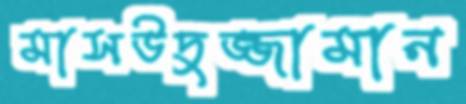
মাসউদুজ্জামান